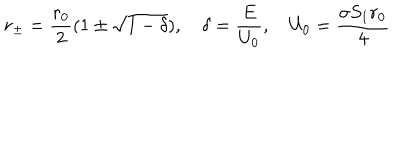
r _ { \pm } = \frac { r _ { 0 } } { 2 } ( 1 \pm \sqrt { 1 - \delta } ) , \quad \delta = \frac { E } { U _ { 0 } } , \quad U _ { 0 } = \frac { \sigma S _ { 1 } r _ { 0 } } { 4 }